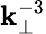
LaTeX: \mathbf{k}_{\perp}^{-3}